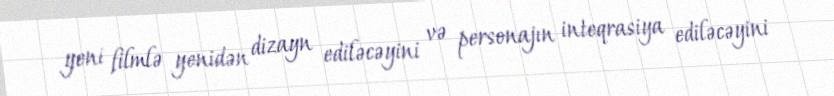
yeni filmlə yenidən dizayn ediləcəyini və personajın inteqrasiya ediləcəyini